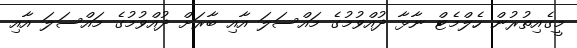
މީގެއިތުރުން ހެލްމެޓް ނާޅާ ދުއްވުމުގެ މައްސަލަ އާއި ބާރަށް ދުއްވުމުގެ މައްސަލަ އާއި